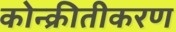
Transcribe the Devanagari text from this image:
कोन्क्रीतीकरण